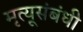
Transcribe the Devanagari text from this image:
मृत्यूसंबंधी